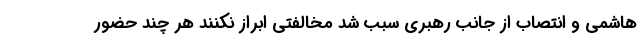
هاشمی و انتصاب از جانب رهبری سبب شد مخالفتی ابراز نکنند هر چند حضور